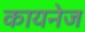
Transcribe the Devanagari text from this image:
कायनेज